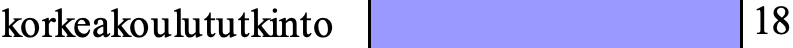
korkeakoulututkinto     18